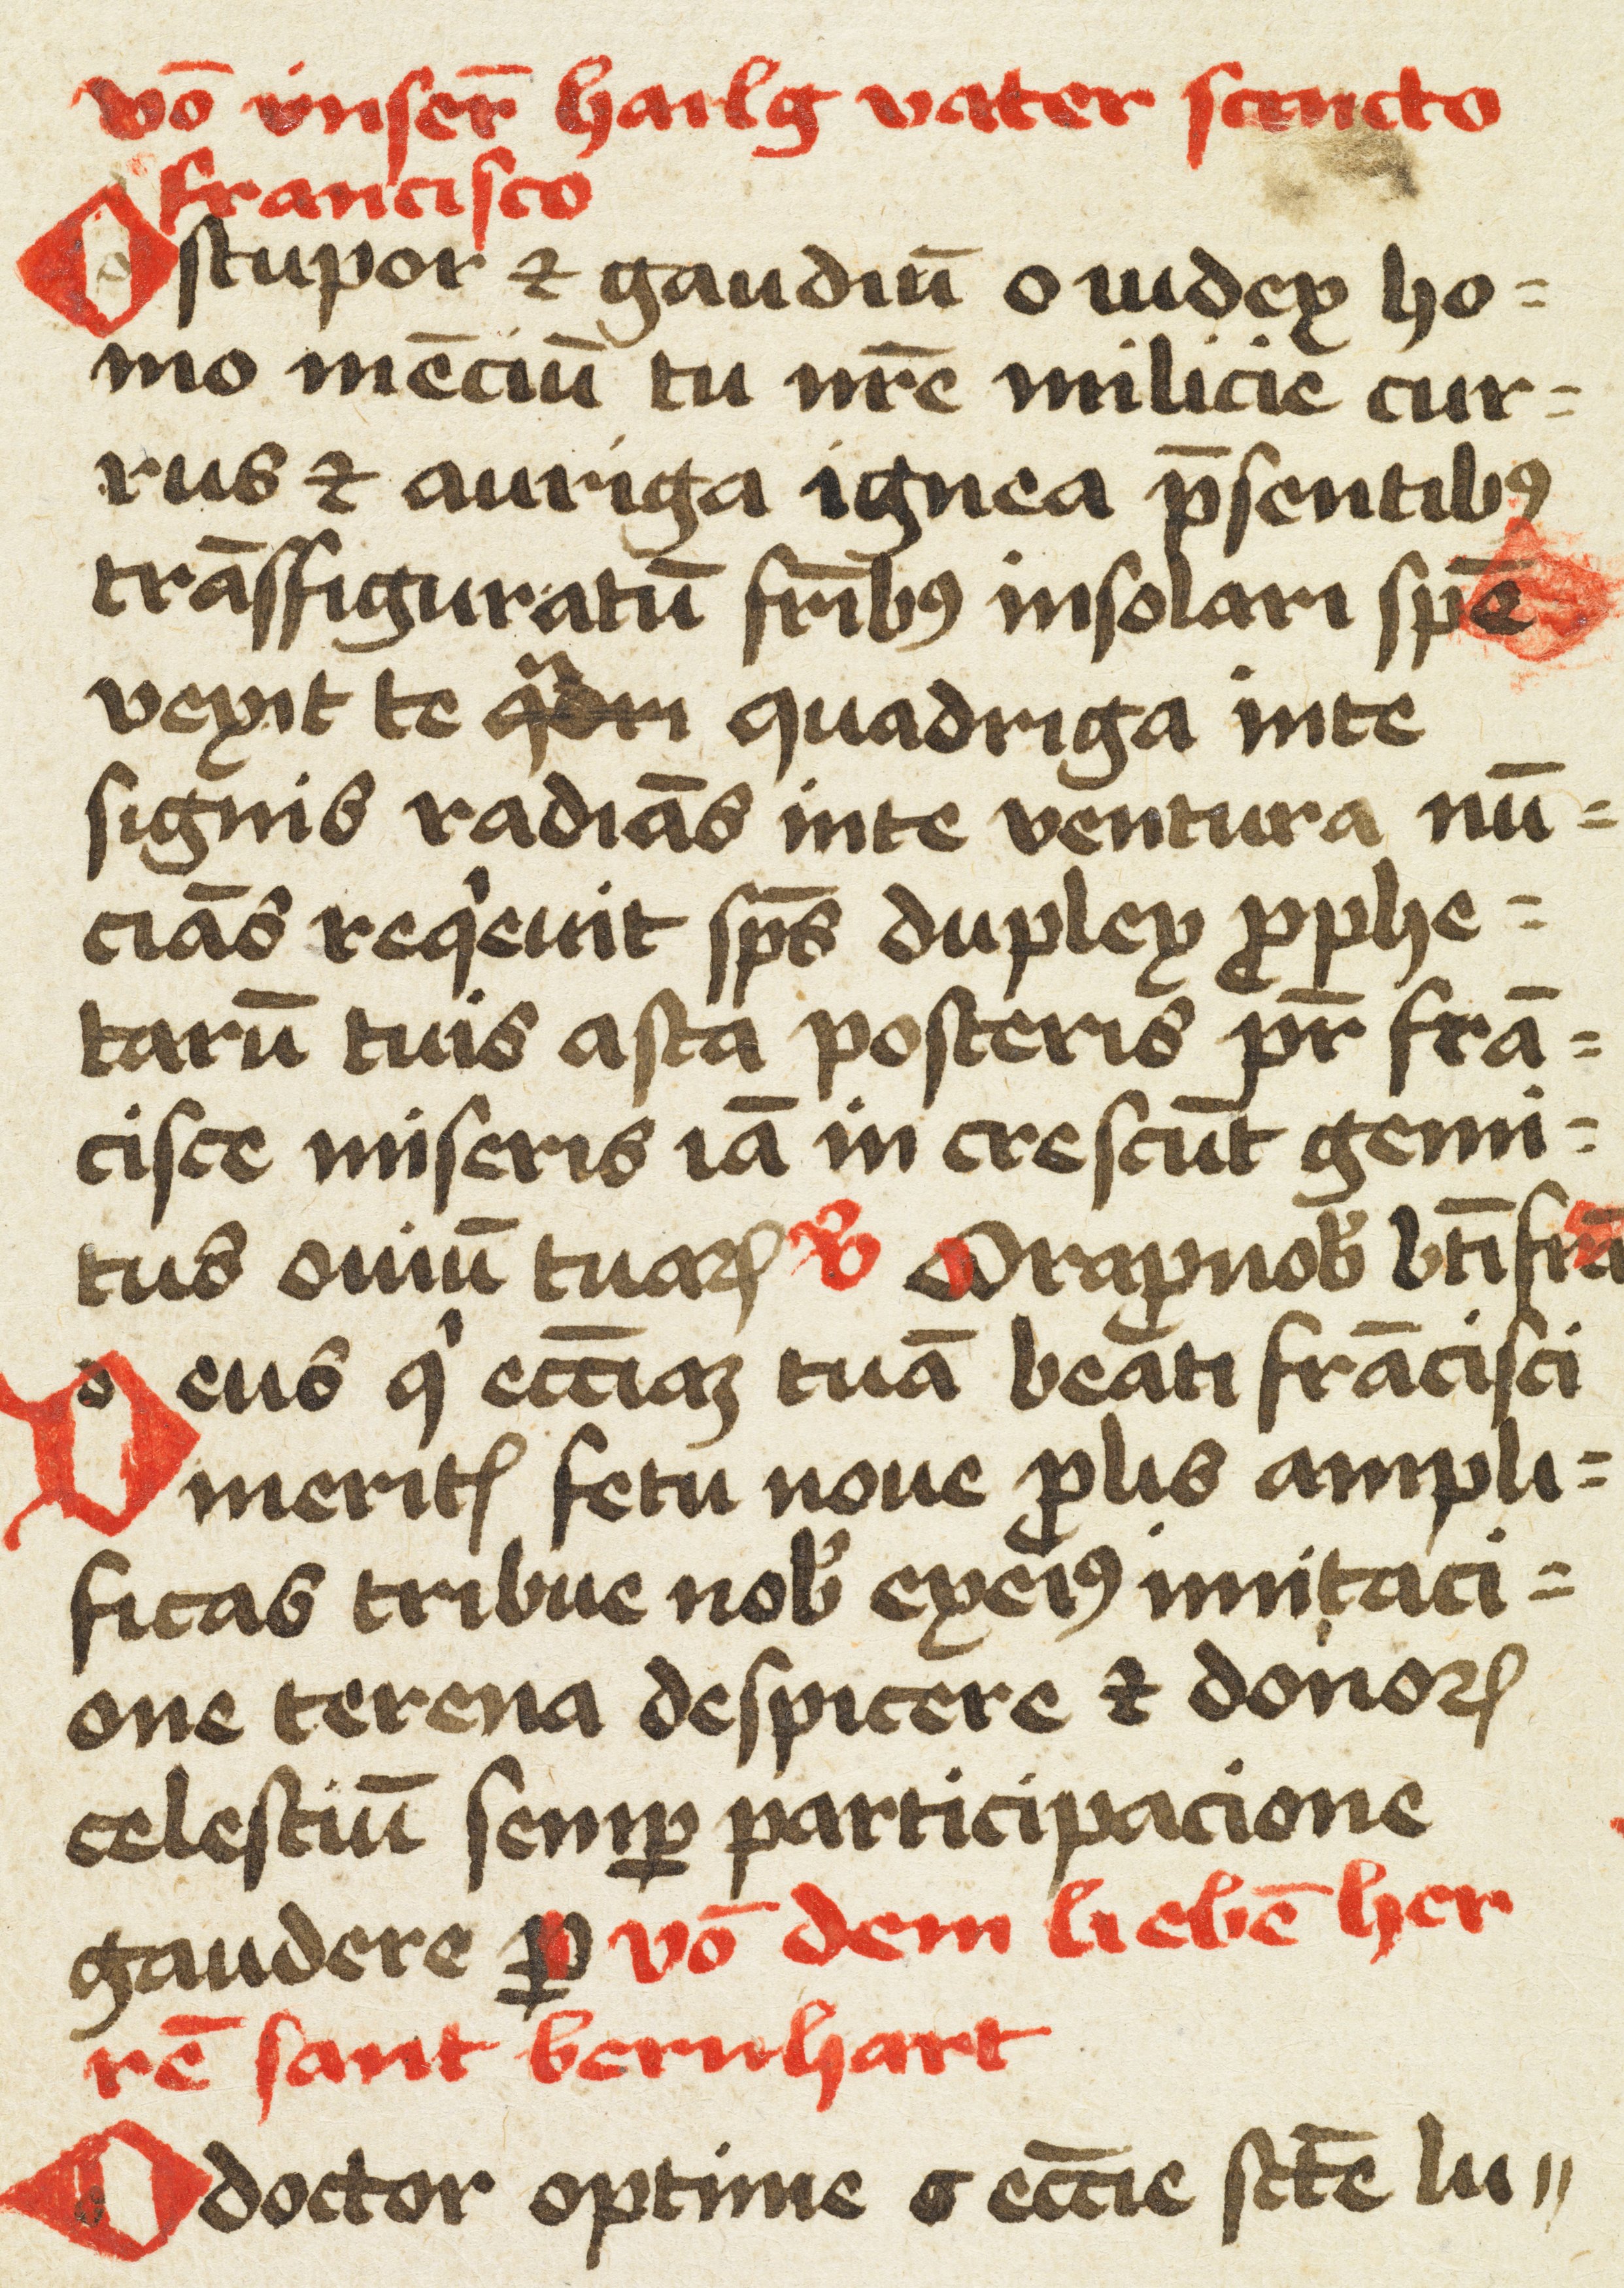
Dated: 1450–1499